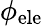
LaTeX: \phi_{\mathrm{ele}}